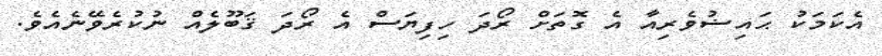
އެކަމަކު ޙައިޟުވެރިއާ އެ ގޮތަށް ރޯދަ ހިފިޔަސް އެ ރޯދަ ޤަބޫލެއް ނުކުރެވޭނެއެވެ.